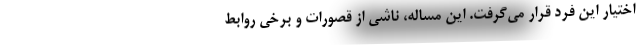
اختیار این فرد قرار می‌گرفت. این مساله، ناشی از قصورات و برخی روابط